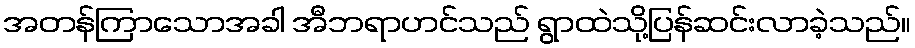
အတန်ကြာသောအခါ အီဘရာဟင်သည် ရွာထဲသို့ပြန်ဆင်းလာခဲ့သည်။